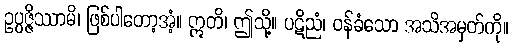
ဥပ္ပဇ္ဇိဿာမိ၊ ဖြစ်ပါတော့အံ့။ ဣတိ၊ ဤသို့။ ပဋိညံ၊ ဝန်ခံသော အသိအမှတ်ကို။